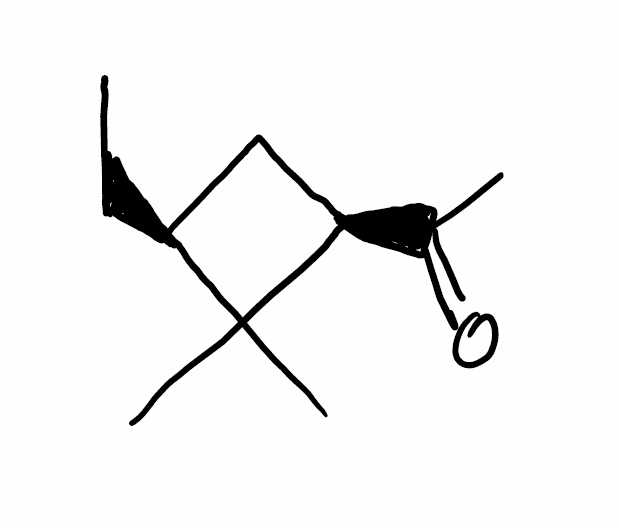
Simplified molecular-input line-entry system (SMILES) notation of the given molecule:
CC[C@H]1C[C@H](C1(C)C)C(=O)C